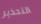
التحذير